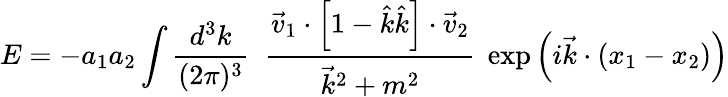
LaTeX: E=-a_{1}a_{2}\int{\frac{d^{3}k}{(2\pi)^{3}}}\; \; {\frac{{\vec{v}}_{1}\cdot\left[1-{\hat{k}}{\hat{k}}\right]\cdot{\vec{v}}_{2}}{{\vec{k}}^{2}+m^{2}}}\; \exp\left(i{\vec{k}}\cdot\left(x_{1}-x_{2}\right)\right)